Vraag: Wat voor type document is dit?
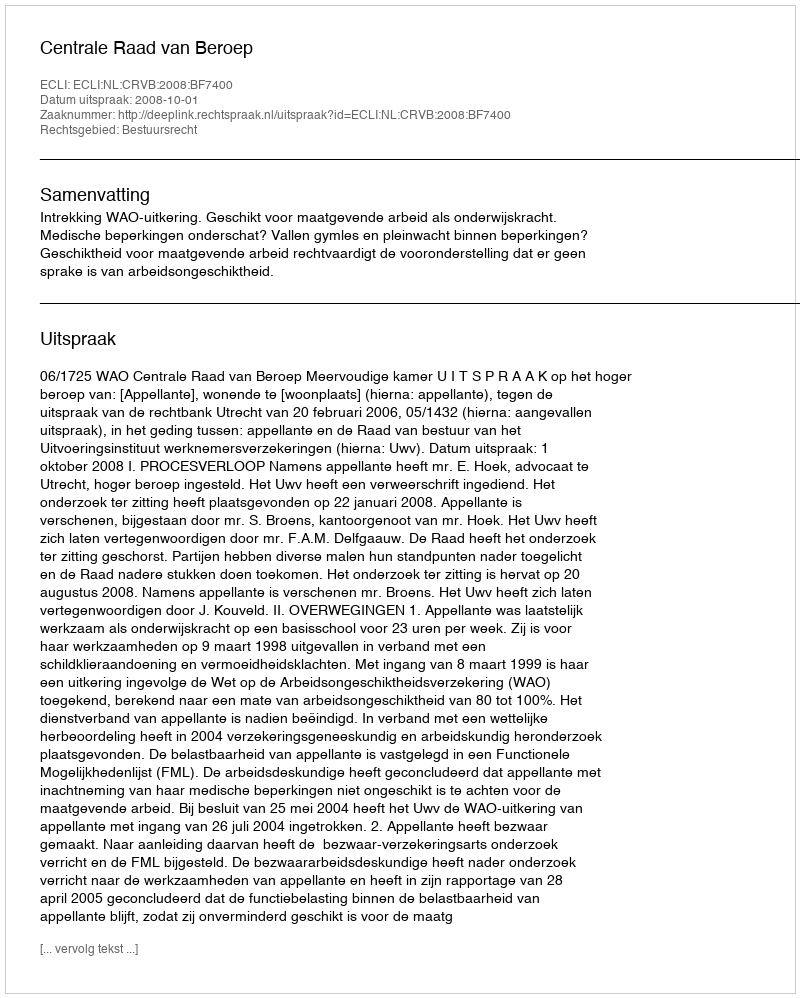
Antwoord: Uitspraak